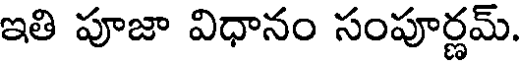
ఇతి పూజా విధానం సంపూర్ణమ్.